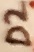
Text: D2